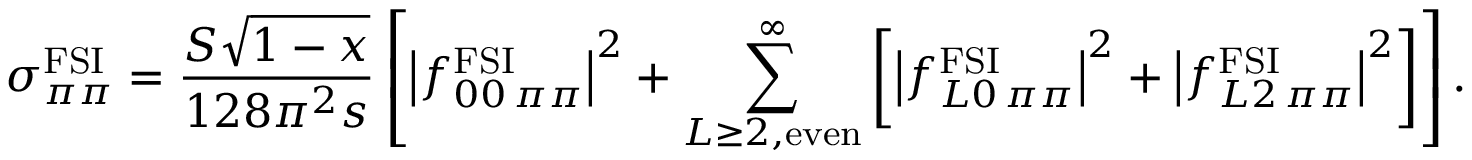
\sigma _ { \pi \pi } ^ { \mathrm { F S I } } = \frac { { \cal S } \sqrt { 1 - x } } { 1 2 8 \pi ^ { 2 } s } \left[ \left| f _ { 0 0 \, \pi \pi } ^ { \mathrm { F S I } } \right| ^ { 2 } + \sum _ { L \geq 2 , \mathrm { e v e n } } ^ { \infty } \left[ \left| f _ { L 0 \, \pi \pi } ^ { \mathrm { F S I } } \right| ^ { 2 } + \left| f _ { L 2 \, \pi \pi } ^ { \mathrm { F S I } } \right| ^ { 2 } \right] \right] .